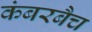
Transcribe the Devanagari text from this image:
कंबरबैच